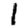
Digit: 1